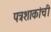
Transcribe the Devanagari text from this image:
पत्रशाकांची